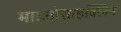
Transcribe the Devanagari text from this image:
माइनोसाइक्लिन